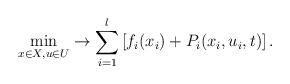
LaTeX: \begin{align*} \min \limits _{x \in X, u \in U} \to \sum _{i=1}^{l} \left[f_{i}(x_{i})+P_{i}(x_{i},u_{i},t)\right].\end{align*}